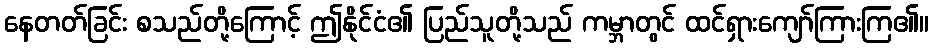
နေတတ်ခြင်း စသည်တို့ကြောင့် ဤနိုင်ငံ၏ ပြည်သူတို့သည် ကမ္ဘာတွင် ထင်ရှားကျော်ကြားကြ၏။